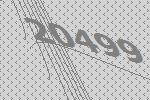
20499